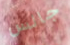
جالس